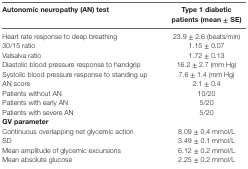
| Autonomic neuropathy (AN) test | Type 1 diabetic patients (mean ± SE) |
 | --- | --- |
 | Heart rate response to deep breathing | 23.9 ± 2.6 (beats/min) |
 | 30/15 ratio | 1.15 ± 0.07 |
 | Valsalva ratio | 1.72 ± 0.13 |
 | Diastolic blood pressure response to handgrip | 16.2 ± 2.7 (mm Hg) |
 | Systolic blood pressure response to standing up | 7.6 ± 1.4 (mm Hg) |
 | AN score | 2.1 ± 0.4 |
 | Patients without AN | 10/20 |
 | Patients with early AN | 5/20 |
 | Patients with severe AN | 5/20 |
 | <COLSPAN=2> GV parameter |
 | Continuous overlapping net glycemic action | 8.09 ± 0.4 mmol/L |
 | SD | 3.49 ± 0.1 mmol/L |
 | Mean amplitude of glycemic excursions | 6.12 ± 0.2 mmol/L |
 | Mean absolute glucose | 2.25 ± 0.2 mmol/L |